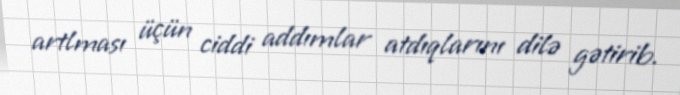
artlması üçün ciddi addımlar atdıqlarını dilə gətirib.